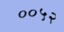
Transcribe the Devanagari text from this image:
००५२